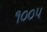
૧૦૦૫